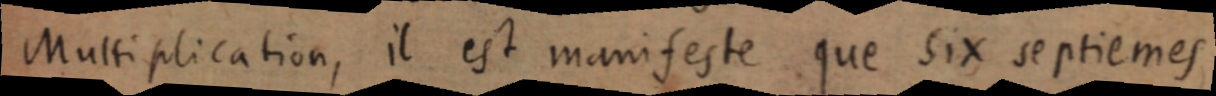
Mussiplication, il est manifeste que six septiemes